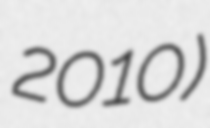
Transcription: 2010)